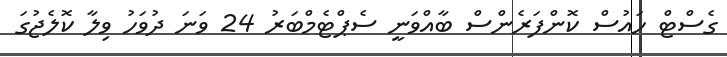
ގެސްޓް ހައުސް ކޮންފަރެންސް ބާއްވަނީ ސެޕްޓެމްބަރު 24 ވަނަ ދުވަހު ވިލާ ކޮލެޖުގަ